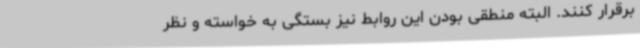
برقرار کنند. البته منطقی بودن این روابط نیز بستگی به خواسته و نظر